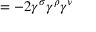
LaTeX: = - 2 \gamma ^ { \sigma } \gamma ^ { \rho } \gamma ^ { \nu }